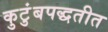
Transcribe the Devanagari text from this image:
कुटुंबपद्धतीत